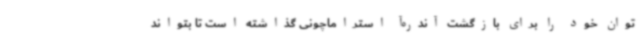
توان خود را برای بازگشت آندره‌آ استراماچونی گذاشته است تا بتواند